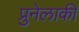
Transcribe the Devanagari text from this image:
प्रुनेलाकी